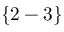
\{ 2 - 3 \}